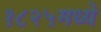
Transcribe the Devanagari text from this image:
१८२५मध्ये